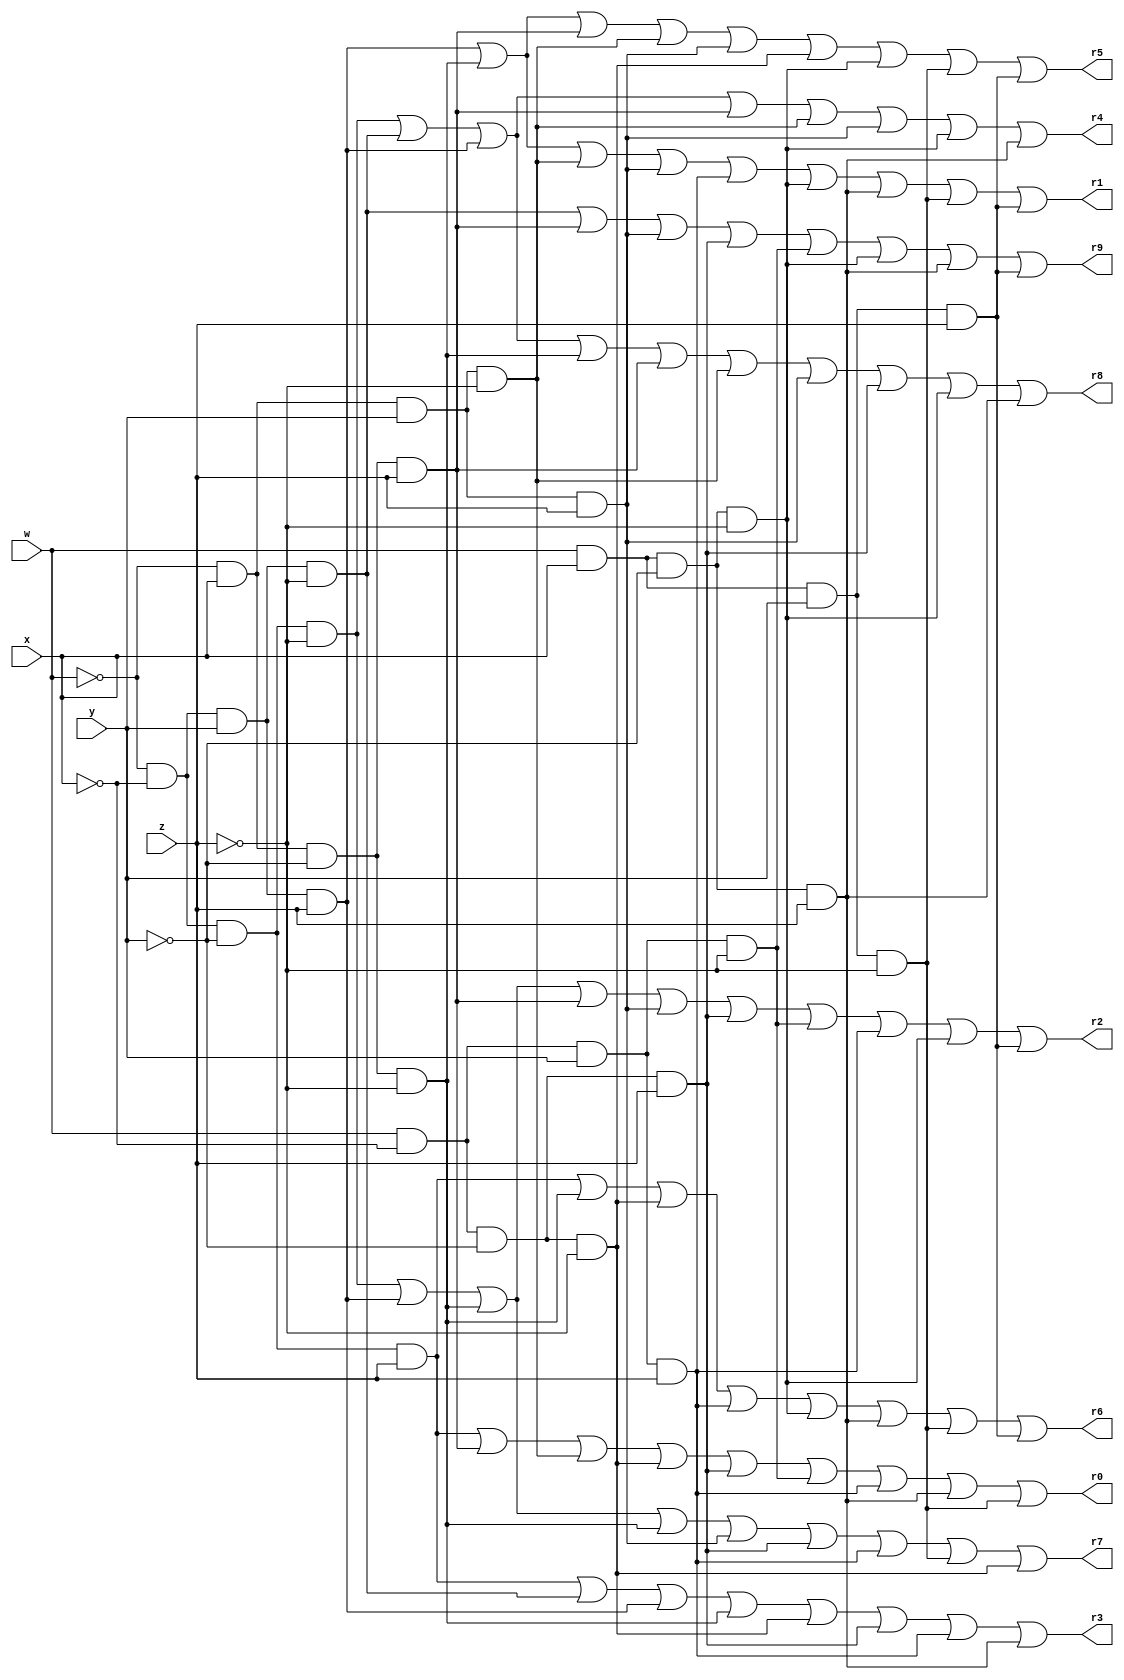

module Breadboard(w,x,y,z,r0,r1,r2,r3,r4,r5,r6,r7,r8,r9);
input w,x,y,z;
output r0,r1,r2,r3,r4,r5,r6,r7,r8,r9;  
reg r0,r1,r2,r3,r4,r5,r6,r7,r8,r9;
wire w,x,y,z;

always @ (w,x,y,z,r0,r1,r2,r3,r4,r5,r6,r7,r8,r9) begin

// f0 = w'x'y'z + w'xy'z + w'xyz' + wx'y'z' + wx'y'z + wx'yz' + wx'yz + wxy'z + wxyz'
r0= (~w&~x&~y&z)|(~w&x&~y&z)|(~w&x&y&~z)|(w&~x&~y&~z)|(w&~x&~y&z)|(w&~x&y&~z)|(w&~x&y&z)|(w&x&~y&z)|(w&x&y&~z);

//f1 = w'x'yz + w'xy'z' + w'xyz' + w'xyz + wx'yz + wxy'z' + wxy'z + wxyz' + wxyz
r1= (~w&~x&y&z)|(~w&x&~y&~z)|(~w&x&y&~z)|(~w&x&y&z)|(w&~x&y&z)|(w&x&~y&~z)|(w&x&~y&z)|(w&x&y&~z)|(w&x&y&z);

//f2 = w'x'y'z' + w'x'yz + w'xy'z' + w'x'y'z + w'xyz + wx'y'z + wx'yz' + wx'yz + wxy'z' + wxyz
r2= (~w&~x&~y&~z)|(~w&~x&y&z)|(~w&x&~y&~z)|(~w&x&~y&z)|(~w&x&y&z)|(w&~x&~y&z)|(w&~x&y&~z)|(w&~x&y&z)|(w&x&~y&~z)|(w&x&y&z);

//f3 = w'x'y'z + w'x'yz' + w'x'yz + w'xy'z' + wx'y'z' + wx'y'z + wx'yz + wxy'z
r3= (~w&~x&~y&z)|(~w&~x&y&~z)|(~w&~x&y&z)|(~w&x&~y&~z)|(w&~x&~y&~z)|(w&~x&~y&z)|(w&~x&y&z)|(w&x&~y&z);

//f4 = w'x'y'z' + w'x'yz' + w'x'yz + w'xy'z + w'xyz' + w'xyz + wxy'z' + wxy'z
r4= (~w&~x&~y&~z)|(~w&~x&y&~z)|(~w&~x&y&z)|(~w&x&~y&z)|(~w&x&y&~z)|(~w&x&y&z)|(w&x&~y&~z)|(w&x&~y&z);

//f5 = w'x'yz + w'xy'z' + w'xy'z + w'xyz' + w'xyz + wx'y'z' + wxy'z' + wxyz' + wxyz
r5= (~w&~x&y&z)|(~w&x&~y&~z)|(~w&x&~y&z)|(~w&x&y&~z)|(~w&x&y&z)|(w&~x&~y&~z)|(w&x&~y&~z)|(w&x&y&~z)|(w&x&y&z);


//F6 = W'X'Y'Z + W'XY'Z' + WX'Y'Z' + WX'YZ' + WXY'Z' + WXY'Z + WXYZ' + WXYZ
r6 = ((~w)&(~x)&(~y)&z)|((~w)&x&(~y)&(~z))|(w&(~x)&(~y)&(~z))|(w&(~x)&y&(z))|(w&x&(~y)&(~z))|(w&x&(~y)&z)|(w&x&y&(~z))|(w&x&y&z);


//F7 = W'X'Y'Z' + W'X'YZ + W'XY'Z' + W'XY'Z' + W'XYZ + WX'Y'Z' + WX'Y'Z + WX'YZ' WXYZ'
r7 = ((~w)&(~x)&(~y)&(~z))|((~w)&(~x)&(y)&z)|((~w)&(x)&(~y)&(~z))|((~w)&(x)&(~y)&(~z))|((~w)&(x)&(y)&(z))|((w)&(~x)&(~y)&(z)) |((w)&(~x)&(y)&(z))| ((w)&(x)&(y)&(~z))| (w&~x&~y&~z);


//f8 = w`x`y`z` + w`x`yz` + w`x`yz + w`xy`z`+ w`xy`z + w`xyz` + w`xyz + wx`y`z + wxy`z` + wxy`z 
r8= (~w&~x&~y&~z)|(~w&~x&y&~z)|(~w&~x&y&z)|(~w&x&~y&~z)|(~w&x&~y&z)|(~w&x&y&~z)|(~w&x&y&z)|(w&~x&~y&z)|(w&x&~y&~z)|(w&x&~y&z);

//f9 = w'x'yz` + w'xy'z + w'xyz + wx'y'z + wx'yz' + wxy'z' + wxy'z + wxyz
r9= (~w&~x&y&~z)|(~w&x&~y&z)|(~w&x&y&z)|(w&~x&~y&z)|(w&~x&y&~z)|(w&x&~y&~z)|(w&x&~y&z)|(w&x&y&z);

end

endmodule


module testbench();

  //intialization
  reg [4:0] i;
  reg  a;
  reg  b;
  reg  c;
  reg  d;
  
  wire  f0,f1,f2,f3,f4,f5,f6,f7,f8,f9;
  Breadboard zap(a,b,c,d,f0,f1,f2,f3,f4,f5,f6,f7,f8,f9);

  //test stimulus
  initial begin
   	
	//display table
  	$display ("|##|W|X|Y|Z|F0|F1|F2|F3|F4|F5|F6|F7|F8|F9|");
  	$display ("|==+=+=+=+=+==+==+==+==+==+==+==+==+==+==|");

	for (i = 0; i < 16; i = i + 1) 
	begin
		a=(i/8)%2;
		b=(i/4)%2;
		c=(i/2)%2;
		d=(i/1)%2;
		 
	    #60;
		 	
		$display ("|%2d|%1d|%1d|%1d|%1d| %1d| %1d| %1d| %1d| %1d| %1d| %1d| %1d| %1d| %1d|",i,a,b,c,d,f0,f1,f2,f3,f4,f5,f6,f7,f8,f9);
		if(i%4==3)
		 $write ("|--+-+-+-+-+--+--+--+--+--+--+--+--+--+--|\n");

	end
 
	#10;
	$finish;
  end
  
endmodule